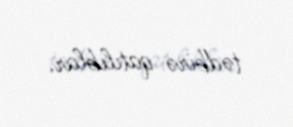
tədbirə qatılıblar.